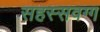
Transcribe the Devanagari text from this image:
सहस्सवग्ग